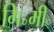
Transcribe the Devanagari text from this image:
गि॰मी॰